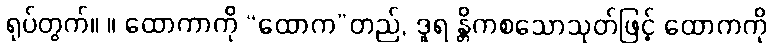
ရုပ်တွက်။ ။ ထောကာကို “ထောက”တည်, ဒူရ န္တိကစသောသုတ်ဖြင့် ထောကကို